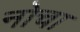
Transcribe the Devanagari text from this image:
नोचा